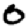
Digit: 0